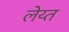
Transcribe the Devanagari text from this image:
लेय्त